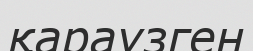
қараүзген